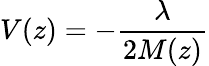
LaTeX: V(z)=-\frac{\lambda}{2M(z)}